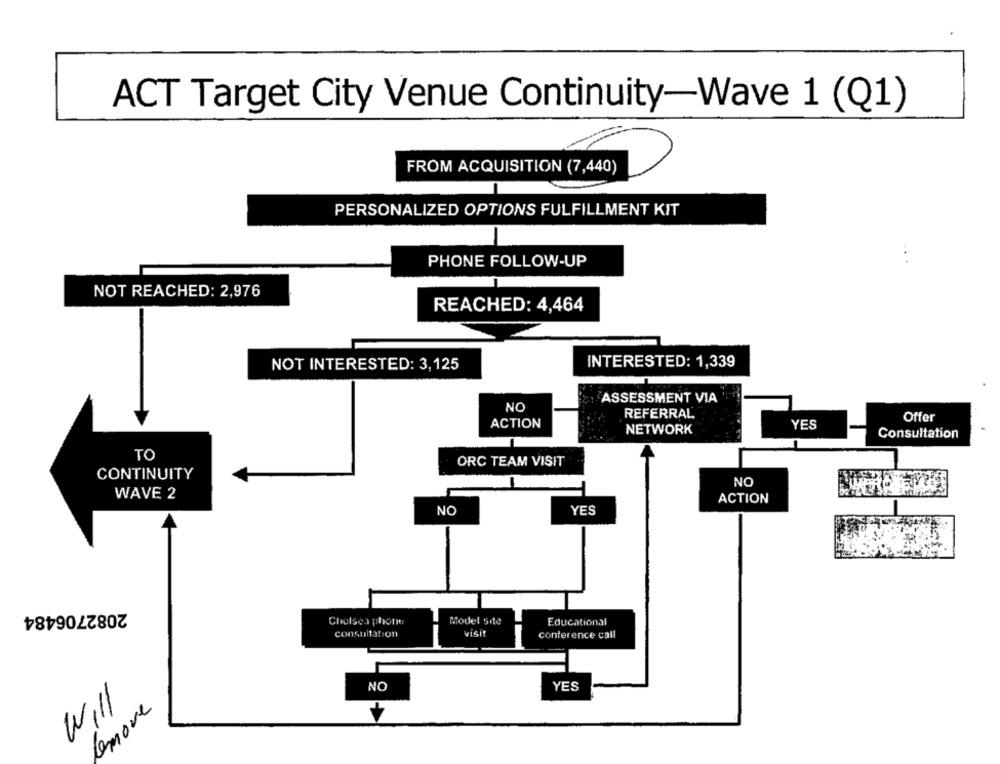
ACT Target City Venue Continuity-Wave 1 (Q1)
FROM ACQUISITION (7,440)
PERSONALIZED OPTIONS FULFILLMENT KIT
.. .
PHONE FOLLOW-UP
NOT REACHED: 2,976
REACHED: 4,464
NOT INTERESTED: 3,125
INTERESTED: 1,339
: ASSESSMENT VIA
NO
REFERRAL
Offer
ACTION
YES
NETWORK
Consultation
TO
ORC TEAM VISIT
CONTINUITY
NO
WAVE 2
ACTION
NO
YES
2082706484
Chelsea phone
Model Site
Educational
consultation
VISIt
conference call
NO
YES
Will
Comove